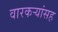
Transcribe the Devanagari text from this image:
वारकऱ्यांसह